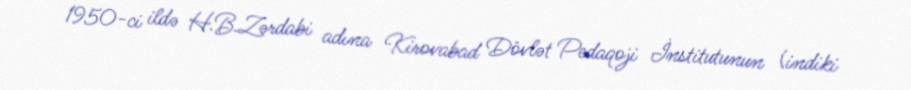
1950-ci ildə H.B.Zərdabi adına Kirovabad Dövlət Pedaqoji İnstitutunun (indiki